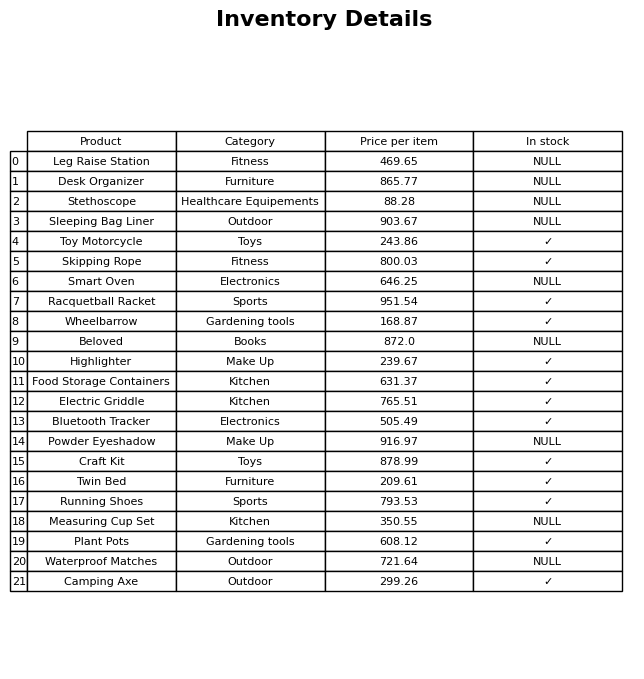
question: What is the stock status of the Wheelbarrow?
answer: ✓